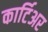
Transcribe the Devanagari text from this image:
कार्टिअर